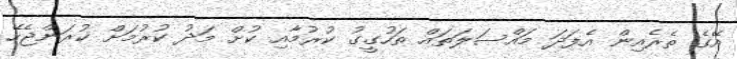
އޭގެ ތެރެއިން އެފަދަ މައްސަލަތައް ތަހުގީގު ކުރުމާއި ކުށް މަދު ކުރުމަށް ކުރަންޖެހޭ